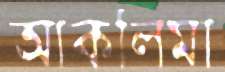
আকলিমা